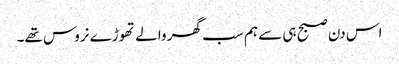
اس دن صبح ہی سے ہم سب گھر والے تھوڑے نروس تھے۔